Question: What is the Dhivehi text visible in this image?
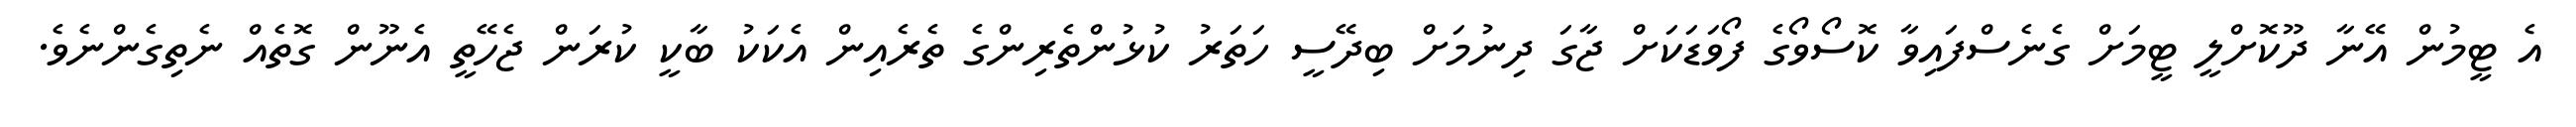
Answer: އެ ޓީމުން އޭނާ ދޫކޮށްލީ ޓީމަށް ގެނެސްފައިވާ ކޮސޯވޯގެ ފޯވަޑަކަށް ޖާގަ ދިނުމަށް ބިދޭސީ ހަތަރު ކުޅުންތެރިންގެ ތެރެއިން އެކަކު ބާކީ ކުރަން ޖެހޭތީ އެނޫން ގޮތެއް ނެތިގެންނެވެ.